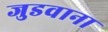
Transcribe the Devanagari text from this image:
जुडवाना